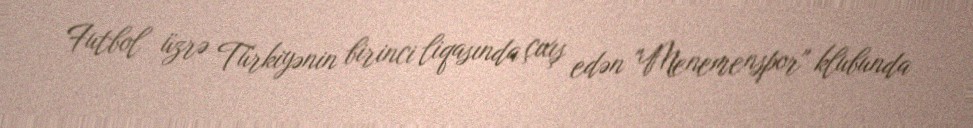
Futbol üzrə Türkiyənin birinci liqasında çıxış edən "Menemenspor" klubunda